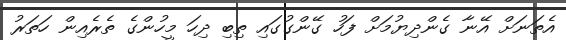
އެތަނަށް އޭނާ ގެންދިޔުމަށް ފަހު ގޭންގުގައި ތިބި ދިހަ މީހުންގެ ތެރެއިން ހަތަރު